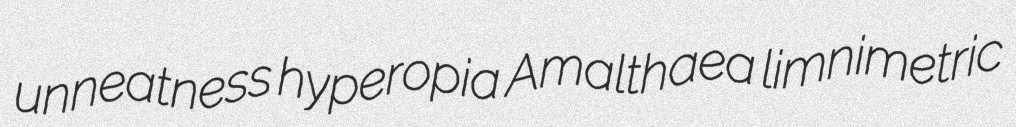
unneatness hyperopia Amalthaea limnimetric